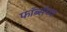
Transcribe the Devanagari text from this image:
फॉर्ब्सच्या